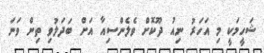
ޝަހީމަކީ މި އަހަރު ނިއު ދޫކޮށް ވެލެންސިއާ އަށް ބަދަލުވި ތިން ވަނަ